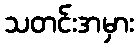
သတင်းအမှား